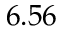
6 . 5 6